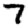
Digit: 7